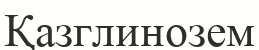
Қазглинозем